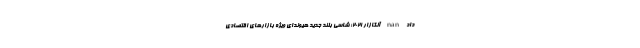
داد nan آلکازار 2021؛ شاسی بلند جدید هیوندای ویژه بازارهای اقتصادی